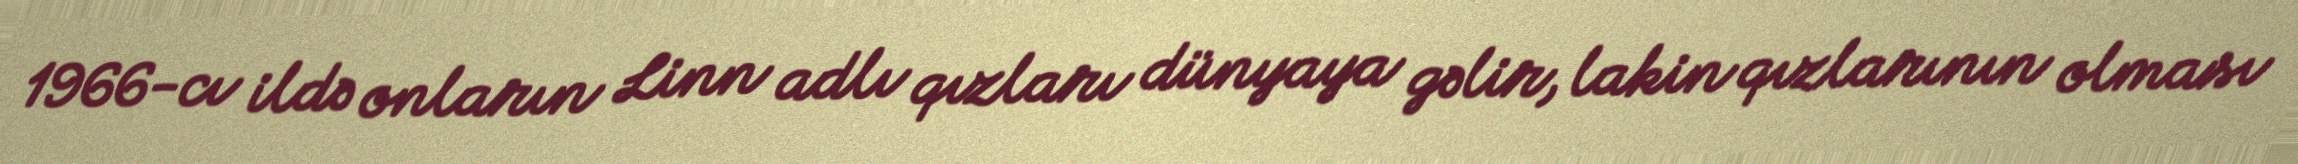
1966-cı ildə onların Linn adlı qızları dünyaya gəlir, lakin qızlarının olması